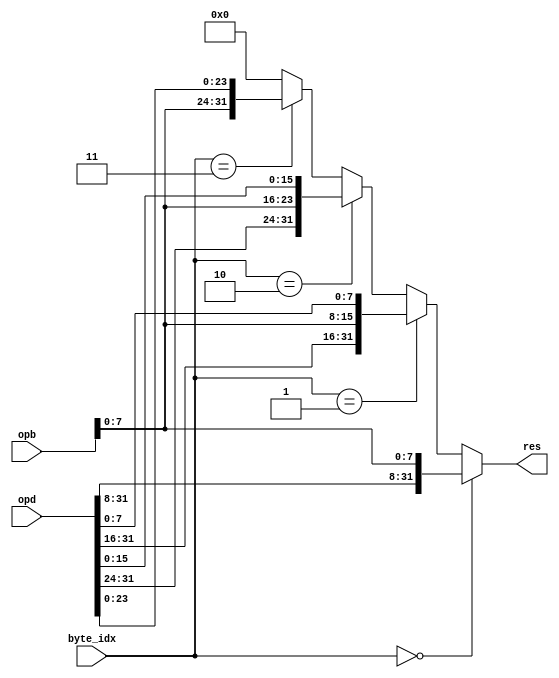
module putb
  #(
    parameter WIDTH= 32
    )
   (
    input wire [WIDTH-1:0]  opd,
    input wire [WIDTH-1:0]  opb,
    input wire [WIDTH-1:0]  byte_idx,
    output wire [WIDTH-1:0] res
    );

   assign res= (byte_idx==2'b00) ? { opd[31: 8], opb[ 7:0]            } :
	       (byte_idx==2'b01) ? { opd[31:16], opb[ 7:0], opd[ 7:0] } :
	       (byte_idx==2'b10) ? { opd[31:24], opb[ 7:0], opd[15:0] } :
	       (byte_idx==2'b11) ? { opb[ 7 :0], opd[23:0]            } :
	       0
	       ;
   
endmodule // putb